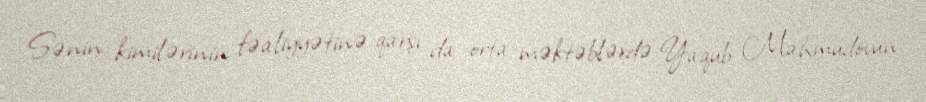
Sənin kimilərinin fəaliyyətinə qarşı da orta məktəblərdə Yaqub Mahmudovun